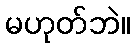
မဟုတ်ဘဲ။